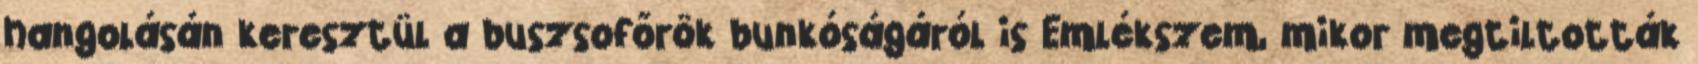
hangolásán keresztül a buszsofőrök bunkóságáról is Emlékszem, mikor megtiltották